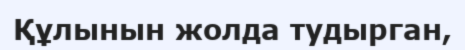
Құлынын жолда тудырган,